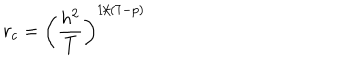
r _ { c } = \left( \frac { h ^ { 2 } } { T } \right) ^ { 1 / ( 7 - p ) }